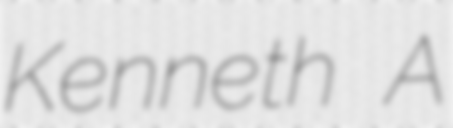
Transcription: Kenneth A